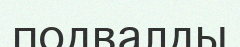
подвалды